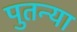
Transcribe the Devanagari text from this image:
पुतन्या